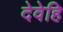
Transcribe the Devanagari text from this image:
देवेहि